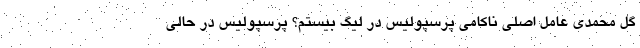
گل محمدی عامل اصلی ناکامی پرسپولیس در لیگ بیستم؟ پرسپولیس در حالی